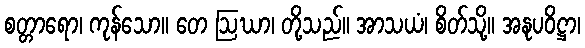
စတ္တာရော၊ ကုန်သော။ တေ ဩဃာ၊ တို့သည်။ အာသယံ၊ စိတ်သို့။ အနုပဝိဋ္ဌာ၊